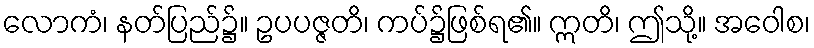
လောကံ၊ နတ်ပြည်၌။ ဥပပဇ္ဇတိ၊ ကပ်၌ဖြစ်ရ၏။ ဣတိ၊ ဤသို့။ အဝေါစ၊